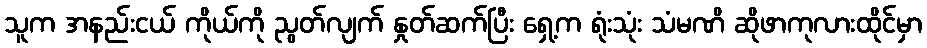
သူက အနည်းငယ် ကိုယ်ကို ညွတ်လျက် နှုတ်ဆက်ပြီး ရှေ့က ရုံးသုံး သံမဏိ ဆိုဖာကုလားထိုင်မှာ